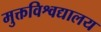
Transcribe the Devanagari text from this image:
मुक्तविश्वद्यालय